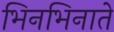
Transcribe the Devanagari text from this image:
भिनभिनाते